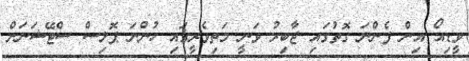
ވީޑިއޯ އިން ފެންނަ ގޮތުގައި ޖާބިރު ވަނީ މަތިވެރީގައި ހުންނަ ޕޮލިސް ސްޓޭޝަނަށް